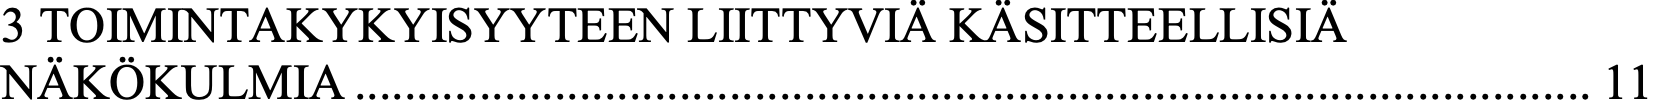
3 TOIMINTAKYKYISYYTEEN LIITTYVIÄ KÄSITTEELLISIÄ NÄKÖKULMIA ................................................................................................... 11